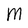
Character: M